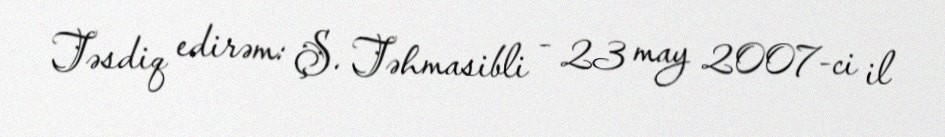
Təsdiq edirəm: Ş. Təhmasibli - 23 may 2007-ci il